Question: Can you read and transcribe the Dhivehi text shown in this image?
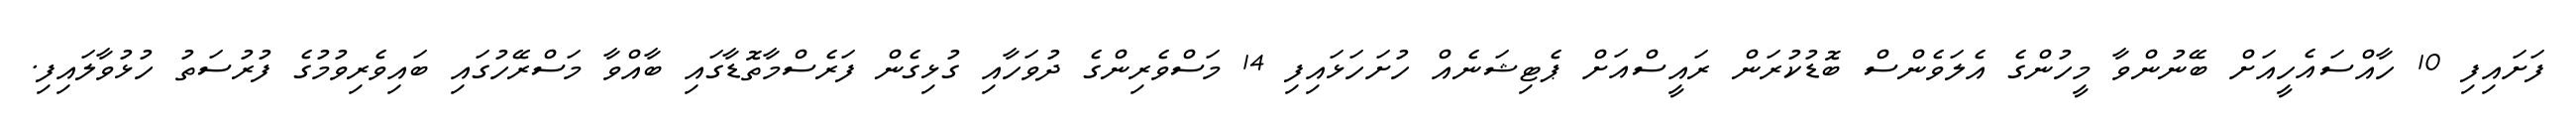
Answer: ފަށައިފި 10 ހާއްސައެހީއަށް ބޭނުންވާ މީހުންގެ އެލަވެންސް ބޮޑުކުރަން ރައީސްއަށް ޕެޓިޝަނެއް ހުށަހަޅައިފި 14 މަސްވެރިންގެ ދުވަހާއި ގުޅިގެން ފަރެސްމާތޮޑާގައި ބާއްވާ މަސްރޭހުގައި ބައިވެރިވުމުގެ ފުރުސަތު ހުޅުވާލައިފި.